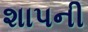
શાપની